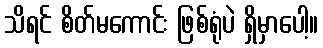
သိရင် စိတ်မကောင်း ဖြစ်ရုံပဲ ရှိမှာပေါ့။